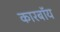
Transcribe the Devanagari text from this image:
कारबॉय